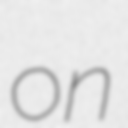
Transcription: on